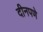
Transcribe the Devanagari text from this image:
दीनपणे